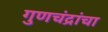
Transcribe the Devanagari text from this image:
गुणचंद्रांचा